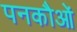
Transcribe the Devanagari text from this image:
पनकौओं